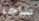
ساحر